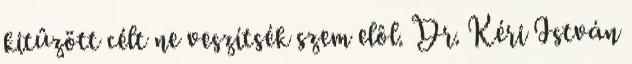
kitûzött célt ne veszítsék szem elôl. Dr. Kéri István